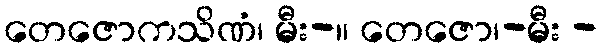
တေဇောကသိဏံ၊ မီး-။ တေဇော၊-မီး -